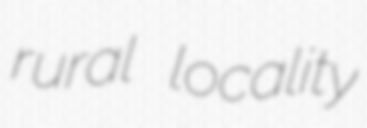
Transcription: rural locality